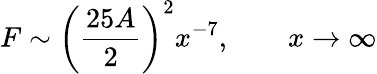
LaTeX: F\sim\left(\frac{25A}2\right)^{2}x^{-7},\qquad x\rightarrow\infty